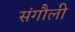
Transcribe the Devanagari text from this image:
संगौली